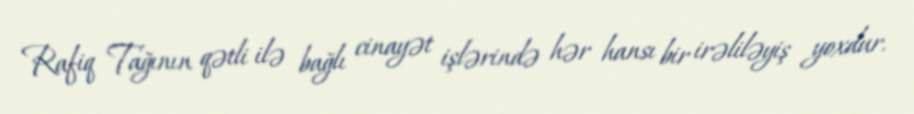
Rafiq Tağının qətli ilə bağlı cinayət işlərində hər hansı bir irəliləyiş yoxdur.